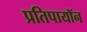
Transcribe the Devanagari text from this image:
प्रतिपायॉन